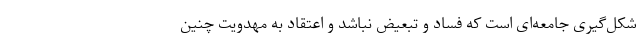
شکل‌گیری جامعه‌ای است که فساد و تبعیض نباشد و اعتقاد به مهدویت چنین